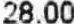
28.00